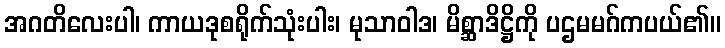
အဂတိလေးပါ၊ ကာယဒုစရိုက်သုံးပါး၊ မုသာဝါဒ၊ မိစ္ဆာဒိဋ္ဌိကို ပဌမမဂ်ကပယ်၏။